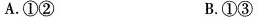
A.①② B.①③